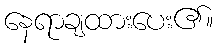
နေရာချထားပေး၏။